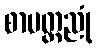
စာမတ္တညုံ